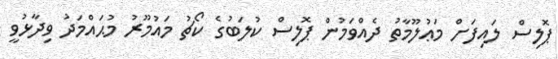
ޕޮލިސް ލައިފަށް މަޢުލޫމާތު ދެއްވަމުން ޕޮލިސް ކުލަބުގެ ކޯޗު މައުމޫރު މުޙައްމަދު ވިދާޅުވީ